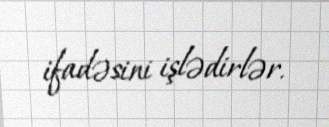
ifadəsini işlədirlər.